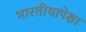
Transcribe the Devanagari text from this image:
भारतीयापेक्षा